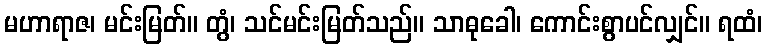
မဟာရာဇ၊ မင်းမြတ်။ တွံ၊ သင်မင်းမြတ်သည်။ သာဓုခေါ၊ ကောင်းစွာပင်လျှင်။ ရထံ၊